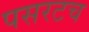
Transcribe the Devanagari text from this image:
पसरटच